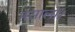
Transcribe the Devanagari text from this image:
मसालों।